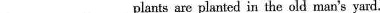
___ plants are planted in the old man's yard.